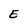
Character: E